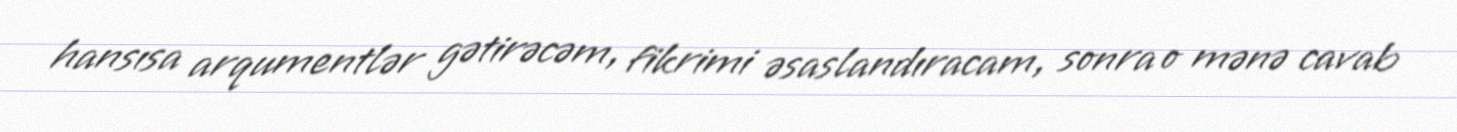
hansısa arqumentlər gətirəcəm, fikrimi əsaslandıracam, sonra o mənə cavab